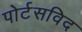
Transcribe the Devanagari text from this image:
पोर्टसविद